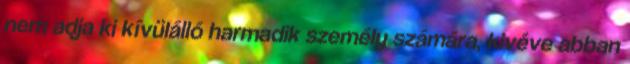
nem adja ki kívülálló harmadik személy számára, kivéve abban